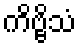
ကိဗ္ဗိသံ